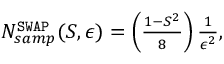
\begin{array} { r } { N _ { s a m p } ^ { \mathtt { S W A P } } ( S , \epsilon ) = \left( \frac { 1 - S ^ { 2 } } { 8 } \right) \frac { 1 } { \epsilon ^ { 2 } } , } \end{array}